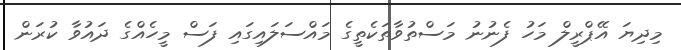
މިިދިޔަ އޭޕްރީލް މަހު ފެނުނު މަސްތުވާތަކެތީގެ މައްސަލައިގައި ފަސް މީހެއްގެ ދައުވާ ކުރަން